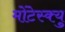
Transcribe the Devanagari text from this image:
मोंटेस्क्यु